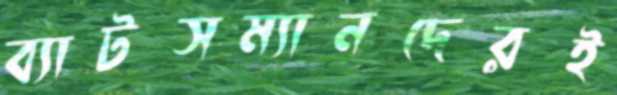
ব্যাটসম্যানদেরই